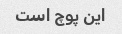
این پوچ است